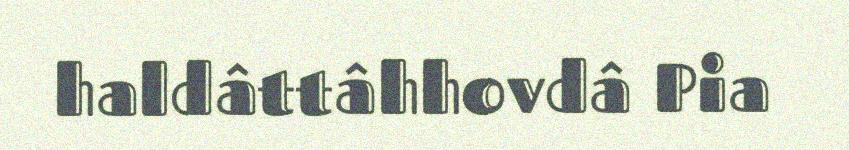
haldâttâhhovdâ Pia